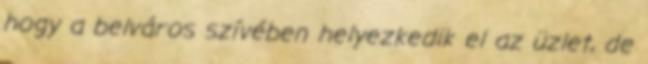
hogy a belváros szívében helyezkedik el az üzlet, de